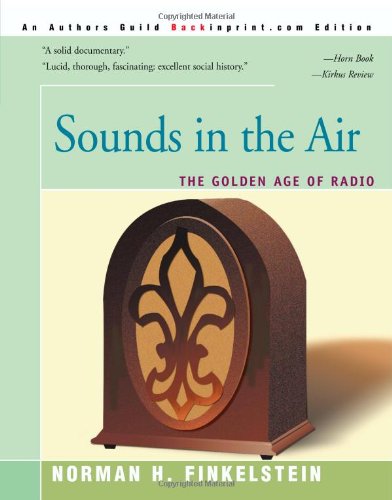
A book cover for Sounds In the Air: The Golden Age of Radio; Norman Finkelstein; Humor & Entertainment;